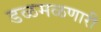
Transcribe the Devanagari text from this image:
डळमळणारी